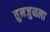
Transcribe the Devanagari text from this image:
तुनजुनला